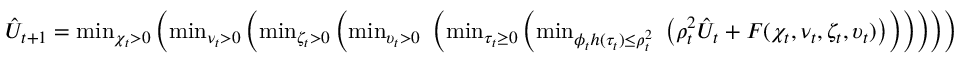
\begin{array} { r } { \hat { U } _ { t + 1 } = \operatorname* { m i n } _ { \chi _ { t } > 0 } \left( \operatorname* { m i n } _ { \nu _ { t } > 0 } \left( \operatorname* { m i n } _ { \zeta _ { t } > 0 } \left( \operatorname* { m i n } _ { \upsilon _ { t } > 0 } \, \, \left( \operatorname* { m i n } _ { \tau _ { t } \ge 0 } \left( \operatorname* { m i n } _ { \phi _ { t } h ( \tau _ { t } ) \le \rho _ { t } ^ { 2 } } \, \, \left( \rho _ { t } ^ { 2 } \hat { U } _ { t } + F ( \chi _ { t } , \nu _ { t } , \zeta _ { t } , \upsilon _ { t } ) \right) \right) \right) \right) \right) \right) } \end{array}